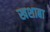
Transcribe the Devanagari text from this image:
खशाबा